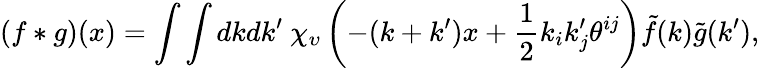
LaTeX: (f\ast g)(x)=\int\int dkdk^{\prime}\ \chi_{\upsilon}\left(-(k+k^{\prime})x+\frac 12k_{i}k_{j}^{\prime}\theta^{ij}\right)\tilde{f}(k)\tilde{g}(k^{\prime}),